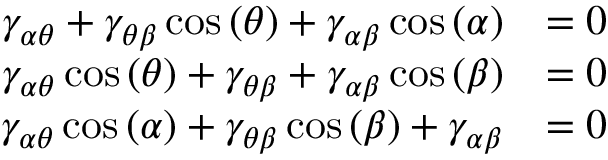
{ \begin{array} { r l } { \gamma _ { \alpha \theta } + \gamma _ { \theta \beta } \cos \left( \theta \right) + \gamma _ { \alpha \beta } \cos \left( \alpha \right) } & { = 0 } \\ { \gamma _ { \alpha \theta } \cos \left( \theta \right) + \gamma _ { \theta \beta } + \gamma _ { \alpha \beta } \cos \left( \beta \right) } & { = 0 } \\ { \gamma _ { \alpha \theta } \cos \left( \alpha \right) + \gamma _ { \theta \beta } \cos \left( \beta \right) + \gamma _ { \alpha \beta } } & { = 0 } \end{array} }